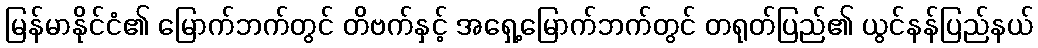
မြန်မာနိုင်ငံ၏ မြောက်ဘက်တွင် တိဗက်နှင့် အရှေ့မြောက်ဘက်တွင် တရုတ်ပြည်၏ ယွင်နန်ပြည်နယ်